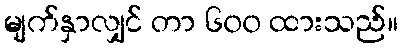
မျက်နှာလျှင် တာ ၆၀၀ ထားသည်။